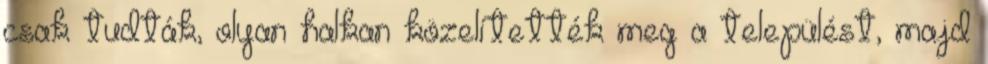
csak tudták, olyan halkan közelítették meg a települést, majd